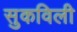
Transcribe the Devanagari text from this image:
सुकविली